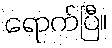
ရောက်ပြီ။